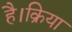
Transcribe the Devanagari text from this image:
है।क्रिया